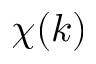
\chi ( k )